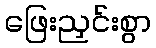
ဖြေးညှင်းစွာ